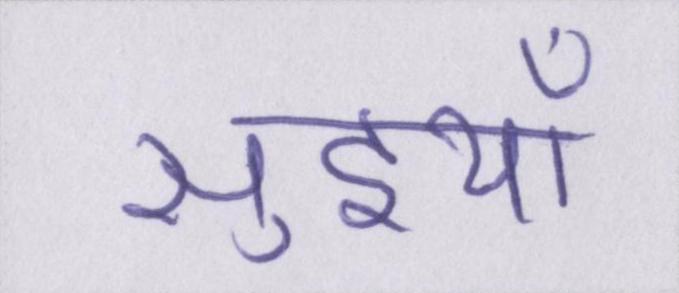
सुइयाँ